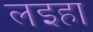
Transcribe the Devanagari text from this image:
लइहा